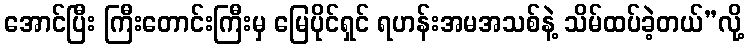
အောင်ပြီး ကြီးတောင်းကြီးမှ မြေပိုင်ရှင် ရဟန်းအမအသစ်နဲ့ သိမ်ထပ်ခဲ့တယ်”လို့